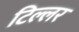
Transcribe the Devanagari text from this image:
टिल्लर